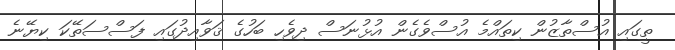
ތީގައި އުސްތާޒުން ކިތައްމެ އުސްވެގެން އުޅުނަސް ދިވެހި ބަހުގެ ޤަވާއިދުގައި ފަސްސަތޭކަ ކިޔޭނެ